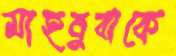
মাহবুবাকে